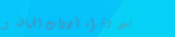
بيع وشراء أدوات الخياطة و